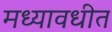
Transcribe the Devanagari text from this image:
मध्यावधीत